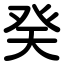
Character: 癸